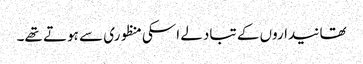
تھانیداروں کے تبادلے اسکی منظوری سے ہوتے تھے۔